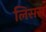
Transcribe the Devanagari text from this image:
लिसस